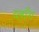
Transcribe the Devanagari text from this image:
व्लॉग